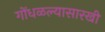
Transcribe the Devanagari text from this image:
गोंधळल्यासारखी